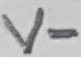
Text: V-